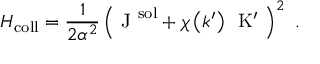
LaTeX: H _ { \mathrm { c o l l } } = \frac { 1 } { 2 \alpha ^ { 2 } } \left( \mathrm { \boldmath ~ J ~ } ^ { \mathrm { s o l } } + \chi \left( k ^ { \prime } \right) \, \mathrm { \boldmath ~ K ^ { \prime } ~ } \right) ^ { 2 } \ .